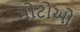
મોટોઓ